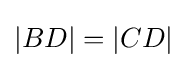
|BD|=|CD|